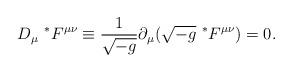
LaTeX: \begin{align*}D_{\mu}~ ^{*}F^{\mu \nu} \equiv \frac{1}{\sqrt{- g}} \partial_{\mu}(\sqrt{- g}~ ^{*}F^{\mu \nu}) = 0.\end{align*}